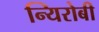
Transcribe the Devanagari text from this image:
न्यिरोबी